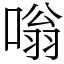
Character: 嗡